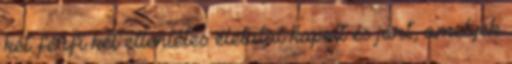
két férfi két ellentétes életutat kapott és járt, amelyek